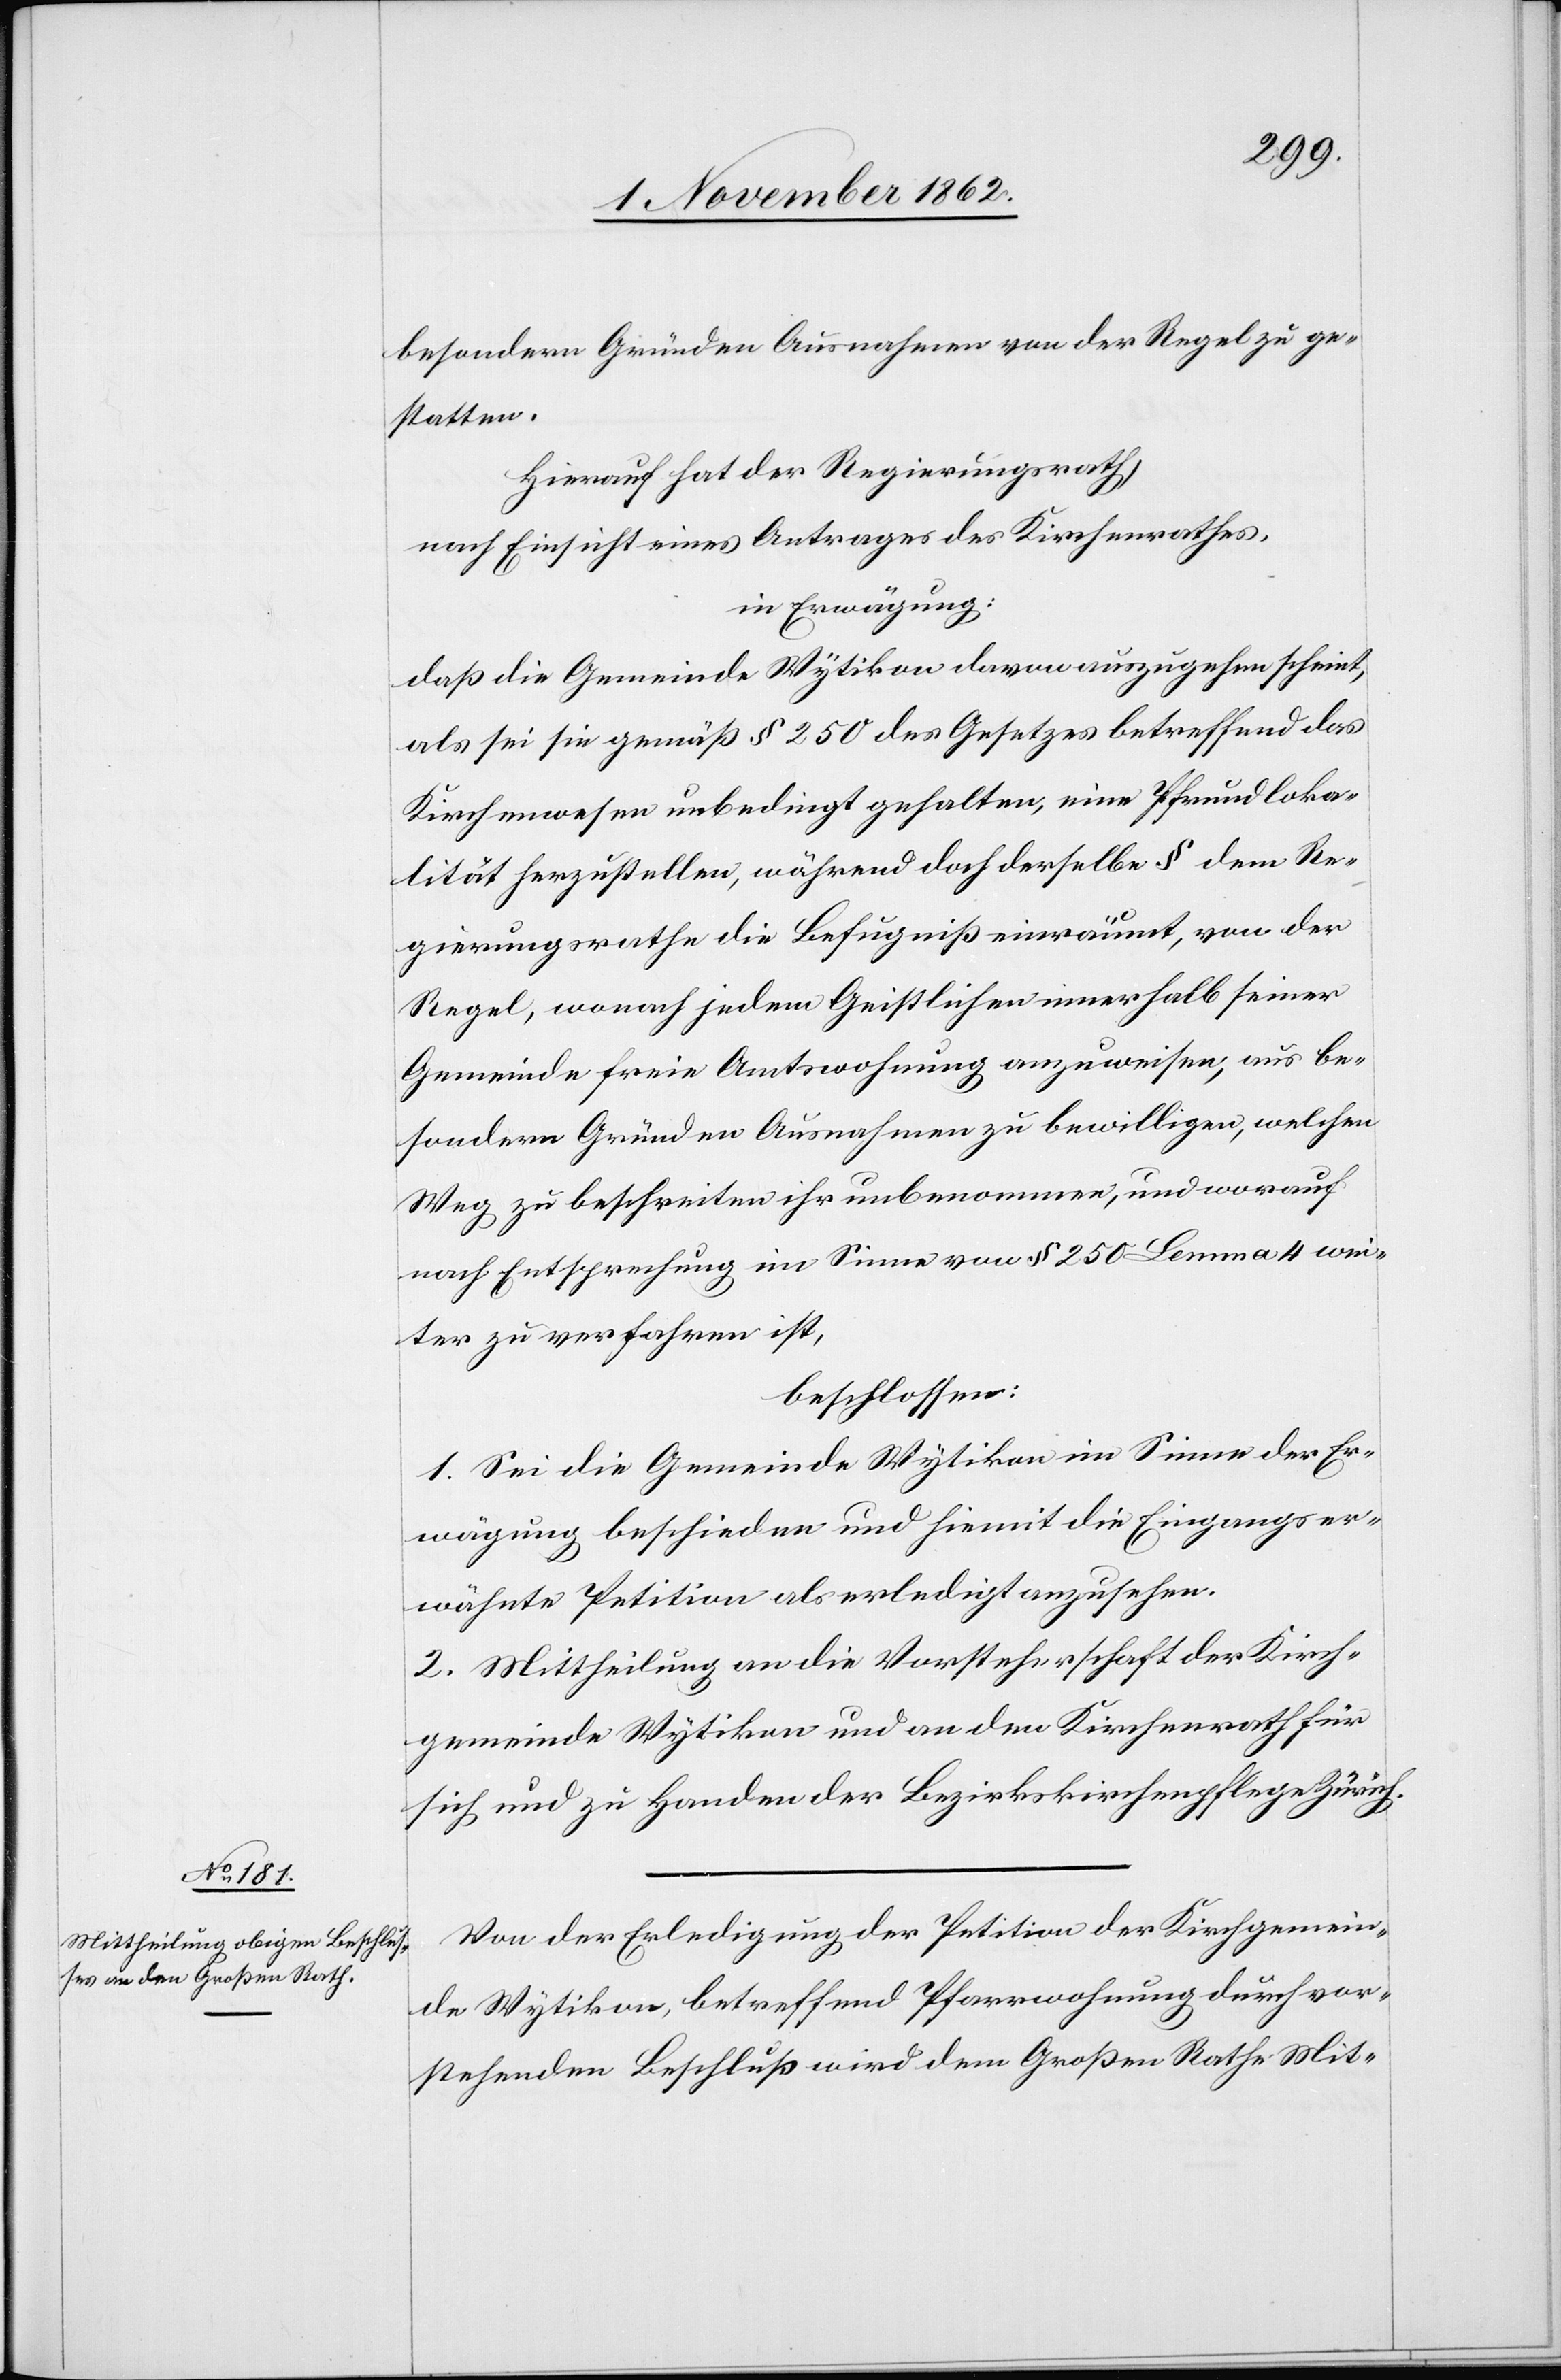
besondern Gründen Ausnahmen von der Regel zu ge¬
statten.
Hierauf hat der Regierungsrath,
nach Einsicht eines Antrages des Kirchenrathes,
in Erwägung:
daß die Gemeinde Wytikon davon auszugehen scheint,
als sei sie gemäß § 250 des Gesetzes betreffend das
Kirchenwesen unbedingt gehalten, eine Pfrundloka¬
lität herzustellen, während doch derselbe § dem Re¬
gierungsrathe die Befugniß einräumt, von der
Regel, wonach jedem Geistlichen innerhalb seiner
Gemeinde freie Amtswohnung anzuweisen, aus be¬
sondern Gründen Ausnahmen zu bewilligen, welchen
Weg zu beschreiten ihr unbenommen, und worauf
nach Entsprechung im Sinne von § 250 Lemma 4 wei¬
ter zu verfahren ist,
beschlossen:
1. Sei die Gemeinde Wytikon im Sinne der Er¬
wägung beschieden und hiemit die Eingangs er¬
wähnte Petition als erledigt anzusehen.
2. Mittheilung an die Vorsteherschaft der Kirch¬
gemeinde Wytikon und an den Kirchenrath für
sich und zu Handen der Bezirkskirchenpflege Zürich.
Von der Erledigung der Petition der Kirchgemein¬
de Wytikon, betreffend Pfarrwohnung durch vor¬
stehenden Beschluß wird dem Großen Rathe Mit-